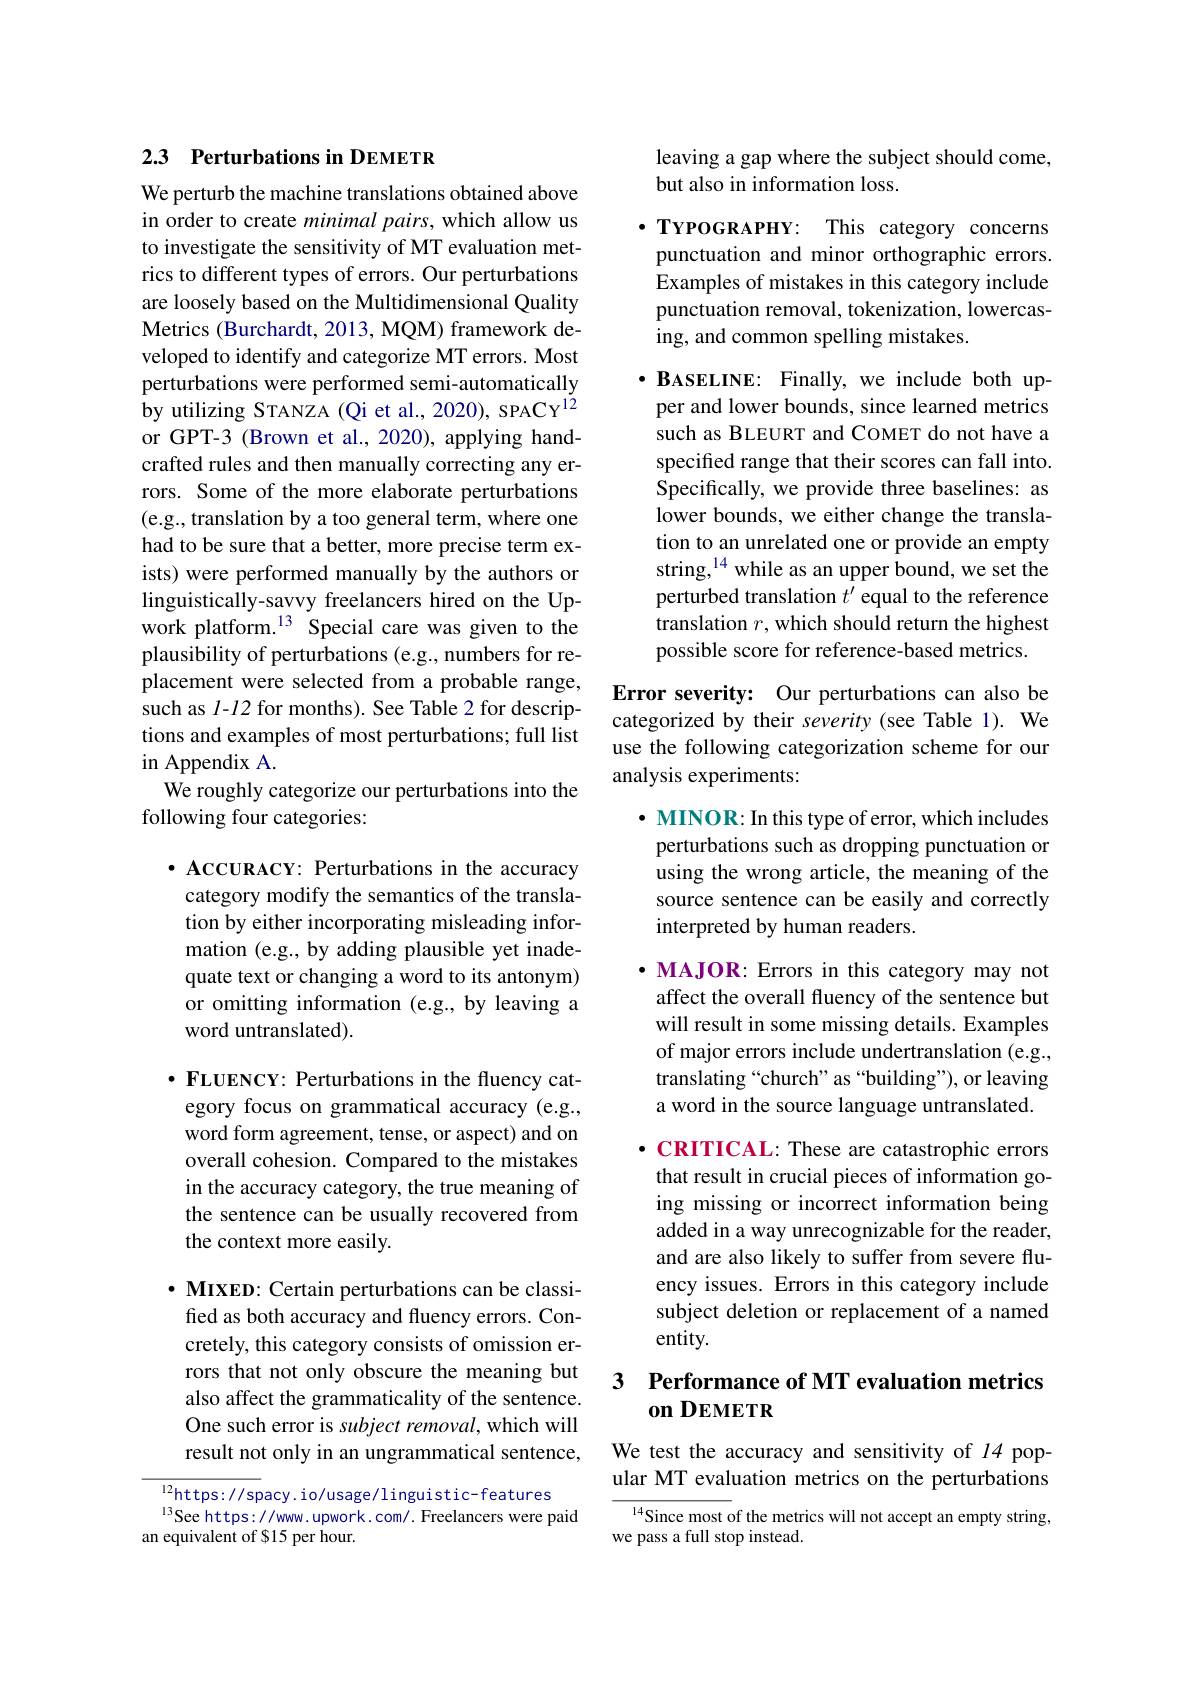
## 2.3 Perturbations in DEMETR

We perturb the machine translations obtained above in order to create minimal pairs, which allow us to investigate the sensitivity of MT evaluation metrics to different types of errors. Our perturbations are loosely based on the Multidimensional Quality Metrics (Burchardt, 2013, MQM) framework developed to identify and categorize MT errors. Most perturbations were performed semi-automatically by utilizing STANZA (Qi et al., 2020), SPACY$^{12}$ or GPT-3 (Brown et al., 2020), applying handcrafted rules and then manually correcting any errors. Some of the more elaborate perturbations (e.g., translation by a too general term, where one had to be sure that a better, more precise term exists) were performed manually by the authors or linguistically-savvy freelancers hired on the Upwork platform.$^{13}$ Special care was given to the plausibility of perturbations (e.g., numbers for replacement were selected from a probable range, such as 1-12 for months). See Table 2 for descriptions and examples of most perturbations; full list in Appendix A.
We roughly categorize our perturbations into the
following four categories:

$\bullet$ ACCURACY: Perturbations in the accuracy category modify the semantics of the translation by either incorporating misleading information (e.g., by adding plausible yet inadequate text or changing a word to its antonym) or omitting information (e.g., by leaving a word untranslated).

$\cdot$ FLUENCY: Perturbations in the fluency category focus on grammatical accuracy (e.g., word form agreement, tense, or aspect) and on overall cohesion. Compared to the mistakes in the accuracy category, the true meaning of the sentence can be usually recovered from the context more easily.

$\cdot$ MIXED: Certain perturbations can be classified as both accuracy and fluency errors. Concretely, this category consists of omission errors that not only obscure the meaning but also affect the grammaticality of the sentence. One such error is subject removal, which will result not only in an ungrammatical sentence,

$^{12}$https://spacy.io/usage/linguistic-features
$^{13}$See https://www. upwork. com/. Freelancers were paid
an equivalent of $15 per hour.

leaving a gap where the subject should come,
but also in information loss.

$\cdot\mathbf{T}$YPOGRAPHY: This category concerns punctuation and minor orthographic errors. Examples of mistakes in this category include punctuation removal, tokenization, lowercasing, and common spelling mistakes.

$\cdot\mathbf{B}_{\mathrm{ASELINE:~Finally,~we~include~both~up-}}$ per and lower bounds, since learned metrics such as BLEURT and COMET do not have a specified range that their scores can fall into. Specifically, we provide three baselines: as lower bounds, we either change the translation to an unrelated one or provide an empty string,$^{14}$ while as an upper bound, we set the perturbed translation $t^\prime$ equal to the reference translation $r$, which should return the highest possible score for reference-based metrics.

Error severity: Our perturbations can also be categorized by their severity (see Table 1). We use the following categorization scheme for our analysis experiments:

$\cdot$ MINOR: In this type of error, which includes perturbations such as dropping punctuation or using the wrong article, the meaning of the source sentence can be easily and correctly interpreted by human readers.

$\cdot$ MAJOR: Errors in this category may not affect the overall fluency of the sentence but will result in some missing details. Examples of major errors include undertranslation (e.g., translating “church” as “building”), or leaving a word in the source language untranslated.

$\cdot$ CRITICAL: These are catastrophic errors that result in crucial pieces of information going missing or incorrect information being added in a way unrecognizable for the reader, and are also likely to suffer from severe fluency issues. Errors in this category include subject deletion or replacement of a named entity.

# 3 Performance of MT evaluation metrics on DEMETR

We test the accuracy and sensitivity of 14 popular MT evaluation metrics on the perturbations

${\frac{14}{\mathrm{Since~most~of~the~metrics~will~not~accept~an~empty~string,}}}$
we pass a full stop instead.